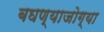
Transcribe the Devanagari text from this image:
बघण्याजोग्या